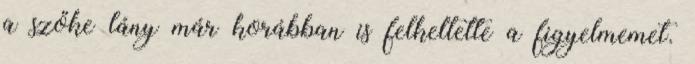
a szőke lány már korábban is felkeltette a figyelmemet.